Civil Veterinary Department Bengal reports 1933-51 - 1933-1951
Year: 1933
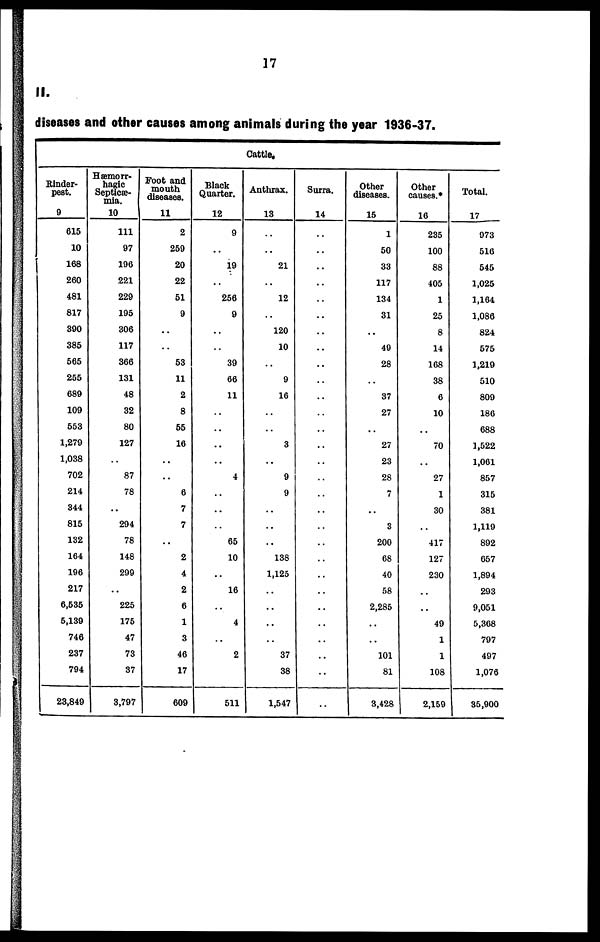
17
II.
diseases and other causes among animals during the year 1936-37.
Cattle.
Rinder-
pest.
9
615
10
168
260
481
817
390
385
565
255
689
109
553
1,279
1,038
702
214
344
815
132
164
196
217
6,535
5,139
746
237
794
23,849
Hæmorr-
hagic
Septicæ-
mia.
10
111
97
196
221
229
195
306
117
366
131
48
32
80
127
..
87
78
..
294
78
148
299
..
225
175
47
73
37
3,797
Foot and
mouth
diseases.
11
2
259
20
22
51
9
..
..
53
11
2
8
55
16
..
..
6
7
7
..
2
4
2
6
1
3
46
17
609
Black
Quarter.
12
9
..
19
..
256
9
..
..
39
66
11
..
..
..
..
4
..
..
..
65
10
16
..
4
..
2
..
511
Anthrax.
13
..
..
21
..
12
..
120
10
..
9
16
..
..
3
..
9
9
..
..
..
138
1,125
..
..
..
..
37
38
1,547
Surra.
14
..
..
..
..
..
..
..
..
..
..
..
..
..
..
..
..
..
..
..
..
..
..
..
..
..
..
..
..
..
Other
diseases.
15
1
50
33
117
134
31
..
49
28
..
37
27
..
27
23
28
7
..
3
200
68
40
58
2,285
..
..
101
81
3,428
Other
causes.
16
235
100
88
405
1
25
8
14
168
38
6
10
..
70
27
1
30
417
127
230
..
..
49
1
1
108
2,159
Total.
17
973
516
545
1,025
1,164
1,086
824
575
1,219
510
809
186
688
1,522
1,061
857
315
381
1,119
892
657
1,894
293
9,051
5,368
797
497
1,076
35,900